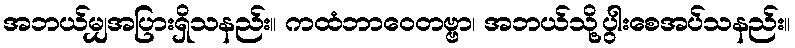
အဘယ်မျှအပြားရှိသနည်း။ ကထံဘာဝေတဗ္ဗာ၊ အဘယ်သို့ပွါးစေအပ်သနည်း။